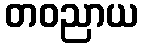
တဝညာယ